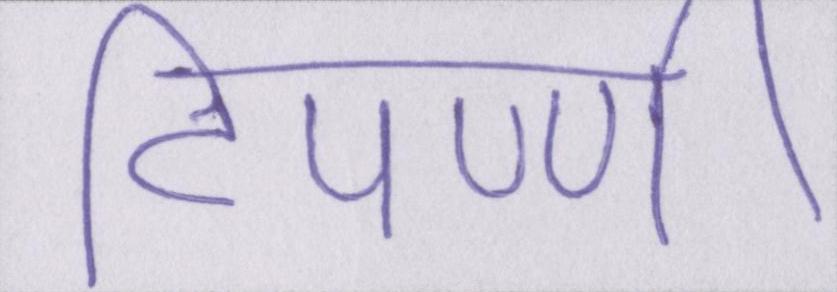
टिपण्णी